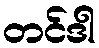
တင်ဒါ